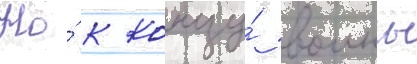
Но́ к концу́ воины